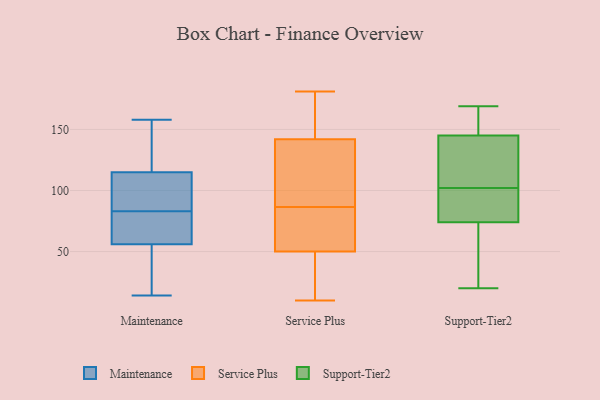
{"axis": {"x": "Market Share (%)", "y": "Value"}, "legend": ["Maintenance", "Service Plus", "Support-Tier2"], "data": [{"x": "", "y": 83, "type": "Maintenance"}, {"x": "", "y": 118, "type": "Maintenance"}, {"x": "", "y": 14, "type": "Maintenance"}, {"x": "", "y": 83, "type": "Maintenance"}, {"x": "", "y": 158, "type": "Maintenance"}, {"x": "", "y": 156, "type": "Maintenance"}, {"x": "", "y": 58, "type": "Maintenance"}, {"x": "", "y": 82, "type": "Maintenance"}, {"x": "", "y": 90, "type": "Maintenance"}, {"x": "", "y": 50, "type": "Maintenance"}, {"x": "", "y": 71, "type": "Maintenance"}, {"x": "", "y": 19, "type": "Maintenance"}, {"x": "", "y": 114, "type": "Maintenance"}, {"x": "", "y": 50, "type": "Service Plus"}, {"x": "", "y": 154, "type": "Service Plus"}, {"x": "", "y": 181, "type": "Service Plus"}, {"x": "", "y": 64, "type": "Service Plus"}, {"x": "", "y": 31, "type": "Service Plus"}, {"x": "", "y": 10, "type": "Service Plus"}, {"x": "", "y": 132, "type": "Service Plus"}, {"x": "", "y": 65, "type": "Service Plus"}, {"x": "", "y": 96, "type": "Service Plus"}, {"x": "", "y": 161, "type": "Service Plus"}, {"x": "", "y": 90, "type": "Service Plus"}, {"x": "", "y": 40, "type": "Service Plus"}, {"x": "", "y": 164, "type": "Service Plus"}, {"x": "", "y": 16, "type": "Service Plus"}, {"x": "", "y": 83, "type": "Service Plus"}, {"x": "", "y": 78, "type": "Service Plus"}, {"x": "", "y": 128, "type": "Service Plus"}, {"x": "", "y": 142, "type": "Service Plus"}, {"x": "", "y": 65, "type": "Support-Tier2"}, {"x": "", "y": 166, "type": "Support-Tier2"}, {"x": "", "y": 71, "type": "Support-Tier2"}, {"x": "", "y": 144, "type": "Support-Tier2"}, {"x": "", "y": 169, "type": "Support-Tier2"}, {"x": "", "y": 74, "type": "Support-Tier2"}, {"x": "", "y": 151, "type": "Support-Tier2"}, {"x": "", "y": 103, "type": "Support-Tier2"}, {"x": "", "y": 83, "type": "Support-Tier2"}, {"x": "", "y": 95, "type": "Support-Tier2"}, {"x": "", "y": 148, "type": "Support-Tier2"}, {"x": "", "y": 145, "type": "Support-Tier2"}, {"x": "", "y": 42, "type": "Support-Tier2"}, {"x": "", "y": 101, "type": "Support-Tier2"}, {"x": "", "y": 125, "type": "Support-Tier2"}, {"x": "", "y": 104, "type": "Support-Tier2"}, {"x": "", "y": 86, "type": "Support-Tier2"}, {"x": "", "y": 20, "type": "Support-Tier2"}]}